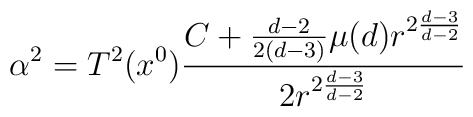
\alpha^2 =  T^2 (x^0 )\frac{C + \frac{d-2}{2(d-3)} \mu (d)r^{ 2 \frac{d-3}{d-2} } }{2 r^{2 \frac{d-3}{d-2}}}